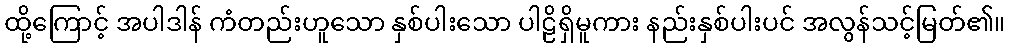
ထို့ကြောင့် အပါဒါန် ကံတည်းဟူသော နှစ်ပါးသော ပါဠိရှိမူကား နည်းနှစ်ပါးပင် အလွန်သင့်မြတ်၏။